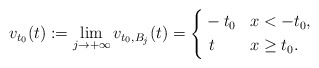
\begin{align*}v_{t_0}(t):=\lim_{j\to+\infty}v_{t_0,B_j}(t)=\left\{\begin{aligned}&-t_0 & & x<-t_0, \\&\ t & & x\ge t_0 .\end{aligned}\right.\end{align*}